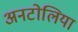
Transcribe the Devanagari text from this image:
अनटोलिया